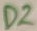
Text: D2